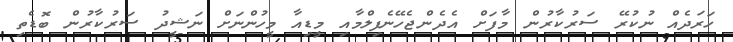
ހަރަދެއް ނުކުރޭ ސަރުކާރުން މާފަށް އެދެންޖެހޭނެފިލްމާއި މީޑިއާ މީހުންނަށް ނަޝީދު ސަރުކާރުން ބޮޑެތި